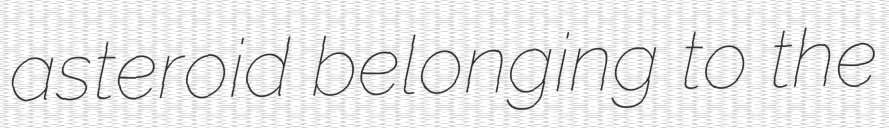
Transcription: asteroid belonging to the